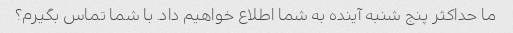
ما حداکثر پنج شنبه آینده به شما اطلاع خواهیم داد. با شما تماس بگیرم؟